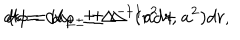
LaTeX: d t = d u _ { \pm } \pm \Delta ^ { - 1 } ( r ^ { 2 } + a ^ { 2 } ) d r , \hspace { 1 c m } d \phi = d \varphi _ { \pm } \pm \Delta ^ { - 1 } a d r ,